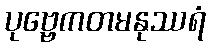
ပုဗ္ဗေကတမနုဿရံ